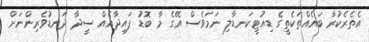
އެތެރެކުރާ ބައެއްތަކެތީގެ ޑިއުޓީކަނޑާލި ނަމަވެސް އޭގެ މާ ބޮޑު ފައިދާއެއް ސީދާ ދަނޑުވެރިންނަށް